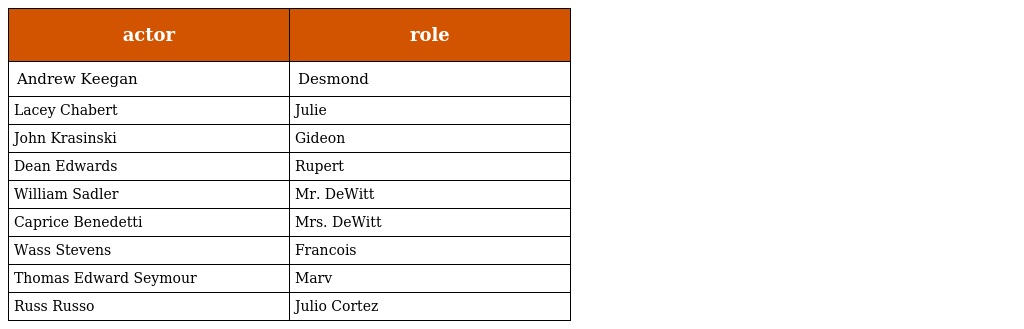
| actor | role |
 | --- | --- |
 | Andrew Keegan | Desmond |
 | Lacey Chabert | Julie |
 | John Krasinski | Gideon |
 | Dean Edwards | Rupert |
 | William Sadler | Mr. DeWitt |
 | Caprice Benedetti | Mrs. DeWitt |
 | Wass Stevens | Francois |
 | Thomas Edward Seymour | Marv |
 | Russ Russo | Julio Cortez |